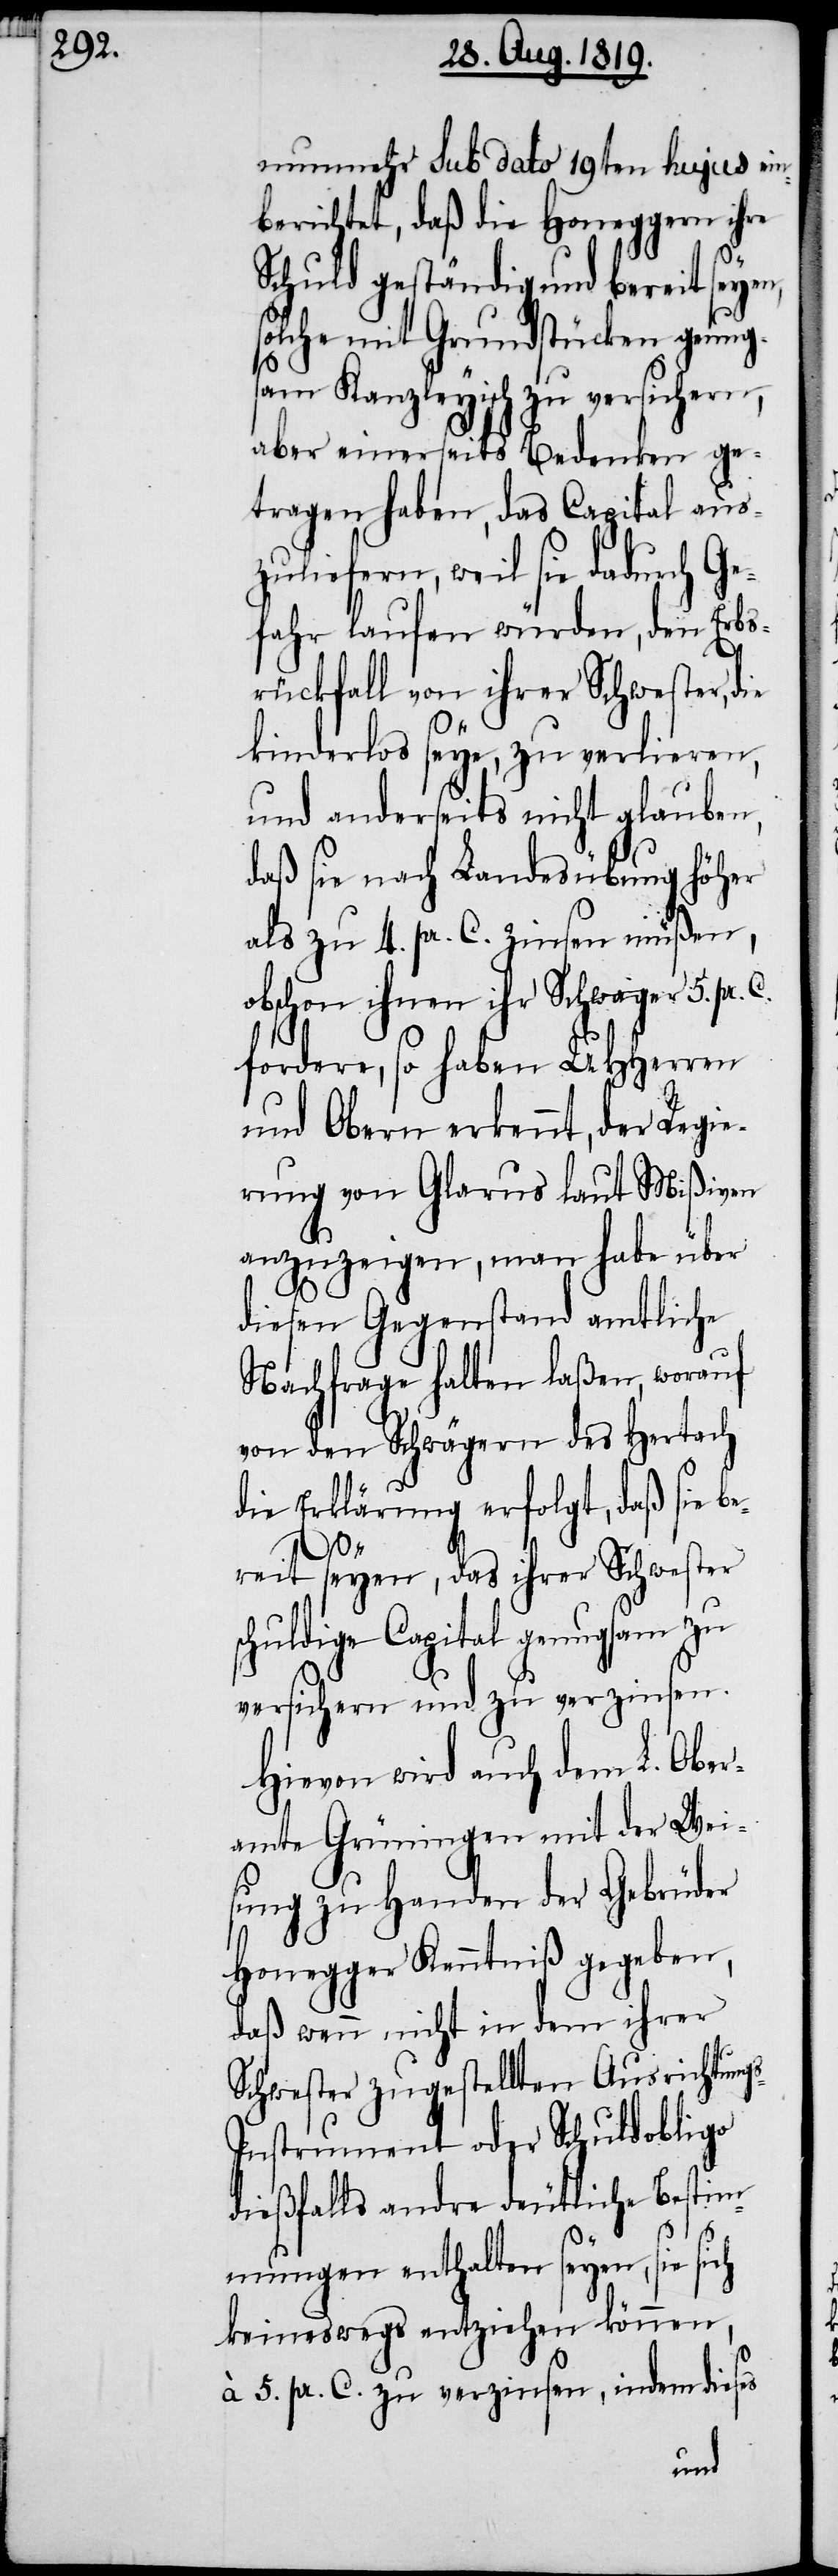
nunmehr sub dato 19ten hujus ein¬
berichtet, daß die Honeggern ihre
Schuld geständig und bereit seyen,
olche mit Grundstücken genug¬
sam Kanzleyisch zu versichern,
aber einerseits Bedenken ge¬
tragen haben, das Capital aus¬
zuliefern, weil sie dadurch Ge¬
fahr laufen würden, den Erbs¬
rückfall von ihrer Schwester, d¬
s-I¬
kinderlos seye, zu verlieren,
und anderseits nicht glauben,
daß sie nach Landesübung höher
als zu 4. pr. C. zinsen müßen,
obschon ihnen ihr Schwager 5. pr. C.
fordere, so haben UHHerren
und Obern erkennt, der Regie¬
rung von Glarus laut Mißiven
anzuzeigen, man habe über
diesen Gegenstand amtliche
Nachfrage halten laßen, worauf
von den Schwägern des Hertach
die Erklärung erfolgt, daß sie be¬
reit seyen, daß ihrer Schwester
schuldige Capital genugsam zu
versichern und zu verzinsen.
Hievon wird auch dem L. Ober¬
amte Grüningen mit der Wei¬
sung zu Handen der Gebrüder
Honegger Kenntniß gegeben,
daß wenn nicht in dem ihrer
Schwester zugestellten Ausrichtung¬
nstrument oder Schuldobligo
dießfalls andre deutliche Bestim¬
mungen enthalten seyen, sie
keineswegs entziehen können,
à 5. pr. C. zu verzinsen, indem dieses